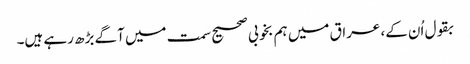
بقول اُن کے، عراق میں ہم بخوبی صحیح سمت میں آگے بڑھ رہے ہیں۔